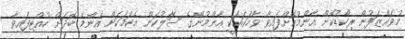
މުވައްޒަފުން ރިކޯޑުކޮށް އާންމުކޮށްފައިވާ ވާހަކައަކީ އާންމުންގެ ސަާލުކަން އެކަމަކަށް އެންމެ ބޮދަށް ހުއްޓިފައިވާ